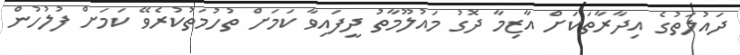
ދައުލަތުގެ އިދާރާތަކަށް އާޒިމާ ދޮގު މައުލޫމާތު ދީފައިވާ ކަމަށް ތުހުމަތުކުރެވޭ ކަމަށް ފުލުހުން